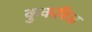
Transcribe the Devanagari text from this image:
कुकरिज